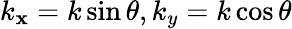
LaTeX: k_{\mathbf{x}}=k\sin\theta,k_{y}=k\cos\theta